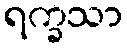
ရက္ခသာ